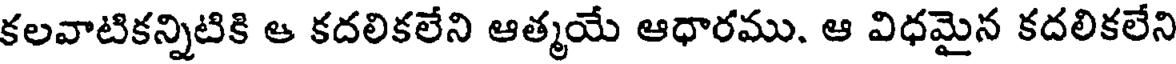
కలవాటికన్నిటికి ఆ కదలికలేని ఆత్మయే ఆధారము. ఆ విధమైన కదలికలేని